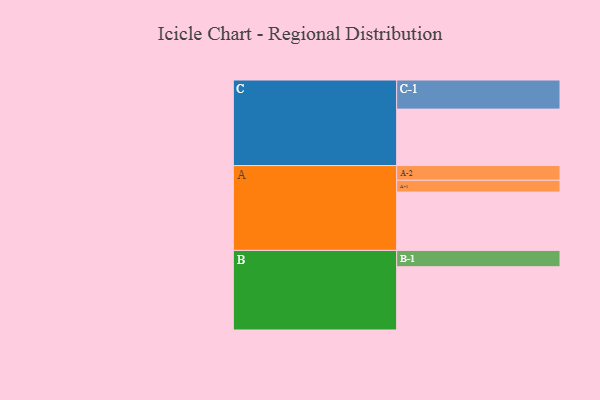
{"axis": {"x": "Segment", "y": "Value"}, "legend": ["", "A", "B", "C"], "data": [{"x": "A", "y": 525, "type": ""}, {"x": "B", "y": 569, "type": ""}, {"x": "C", "y": 508, "type": ""}, {"x": "A-1", "y": 106, "type": "A"}, {"x": "A-2", "y": 132, "type": "A"}, {"x": "B-1", "y": 147, "type": "B"}, {"x": "C-1", "y": 262, "type": "C"}]}